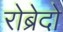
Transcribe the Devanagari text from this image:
रोब्रेदो